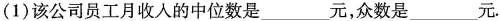
(1)该公司员工月收入的中位数是___元，众数是___元.